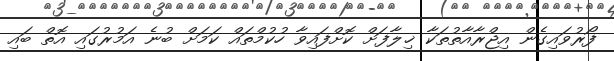
ފޯރުވައިގެން އިޖްރާއާތުތަކާ ޚިލާފަށް ކޮށްފައިވާ ހުކުމްތައް ކަމަށް ބުނެ އަމުރުގައި އޮތް ބައި